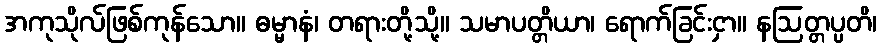
အကုသိုလ်ဖြစ်ကုန်သော။ ဓမ္မာနံ၊ တရားတို့သို့။ သမာပတ္တိယာ၊ ရောက်ခြင်းငှာ။ နဩတ္တပ္ပတိ၊